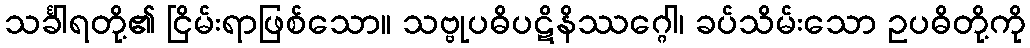
သင်္ခါရတို့၏ ငြိမ်းရာဖြစ်သော။ သဗ္ဗုပဓိပဋိနိဿဂ္ဂေါ၊ ခပ်သိမ်းသော ဥပဓိတို့ကို